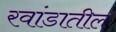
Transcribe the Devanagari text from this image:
रवांडातील